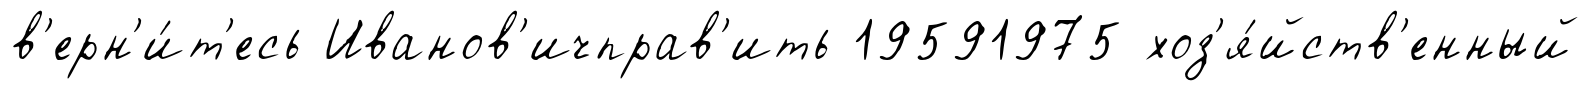
в'ерн'и́т'есь Иванов'ичправ'ить 19591975 хоз'я́йств'енный